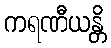
ကရဏီယန္တိ